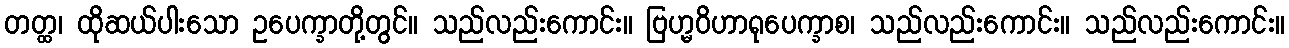
တတ္ထ၊ ထိုဆယ်ပါးသော ဥပေက္ခာတို့တွင်။ သည်လည်းကောင်း။ ဗြဟ္မဝိဟာရုပေက္ခာစ၊ သည်လည်းကောင်း။ သည်လည်းကောင်း။